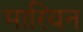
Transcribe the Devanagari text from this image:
मारियन